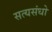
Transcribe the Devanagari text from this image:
सत्यसंधो